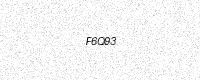
Text: F6Q93